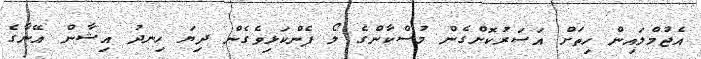
އެޖުމްލައިން ހިތަށް އަސަރުކޮށްގެން މުސްކާންގެ ލޯ ފެންކަޅިވެގެން ދިޔަ ހިނދު އިޝާން އޭނާގެ